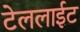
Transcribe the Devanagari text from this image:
टेललाईट